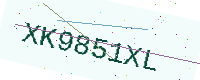
Text: XK9851XL